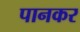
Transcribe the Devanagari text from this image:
पानकर